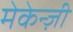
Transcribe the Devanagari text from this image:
मेकेन्ज़ी